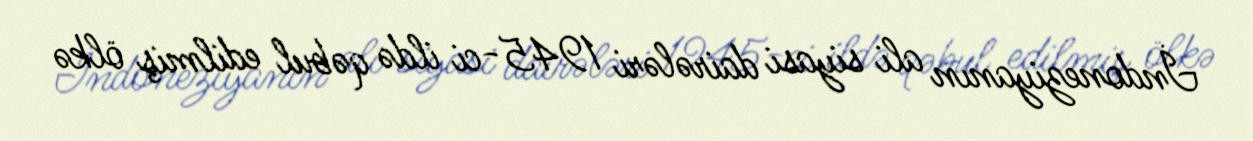
İndoneziyanın ali siyasi dairələri 1945-ci ildə qəbul edilmiş ölkə